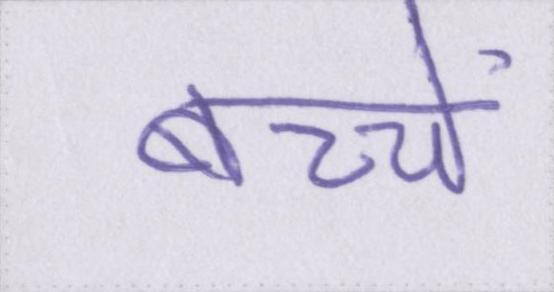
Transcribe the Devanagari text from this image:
बच्चें